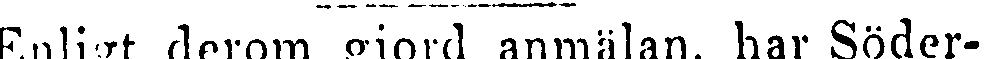
Enligt derom gjord anmälan, har Söder-